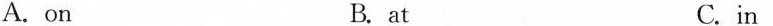
A.on B. at C.in